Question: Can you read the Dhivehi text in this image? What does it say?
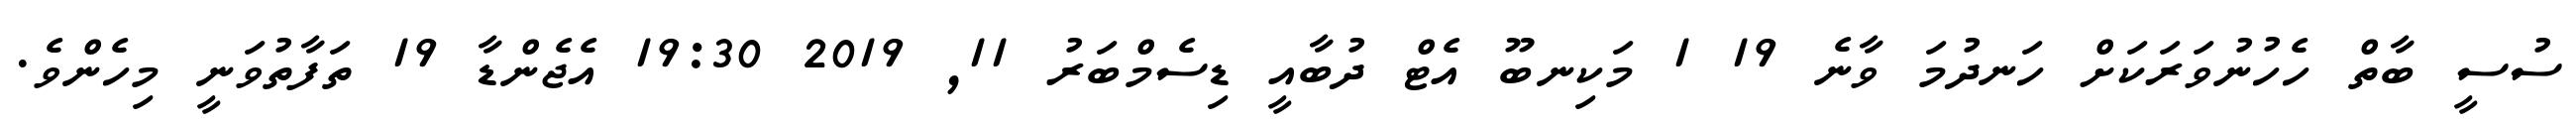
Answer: ސުސީ ބާތް ހެހުނުވަރަކަށް ހަނދުމަ ވާނެ 19 1 މަކިނބޫ އެޓް ދުބާއީ ޑިސެމްބަރު 11, 2019 19:30 އެޖެންޑާ 19 ތަފާތުވަނީ މިހެންވެ.